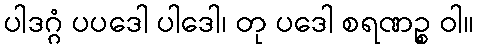
ပါဒဂ္ဂံ ပပဒေါ ပါဒေါ၊ တု ပဒေါ စရဏဉ္စ ဝါ။